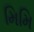
મિમિ